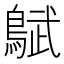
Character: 𬷜